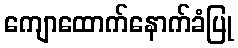
ကျောထောက်နောက်ခံပြု